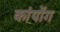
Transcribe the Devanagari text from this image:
कांपोंग